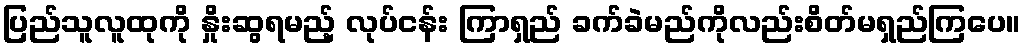
ပြည်သူလူထုကို နှိုးဆွရမည့် လုပ်ငန်း ကြာရှည် ခက်ခဲမည်ကိုလည်းစိတ်မရှည်ကြပေ။